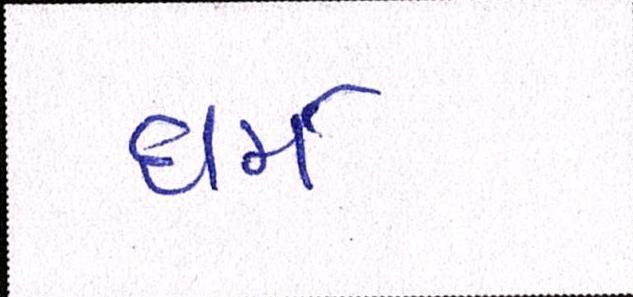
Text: ધર્મ